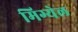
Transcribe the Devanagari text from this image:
मिग्येल